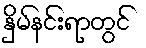
နှိမ်နင်းရာတွင်